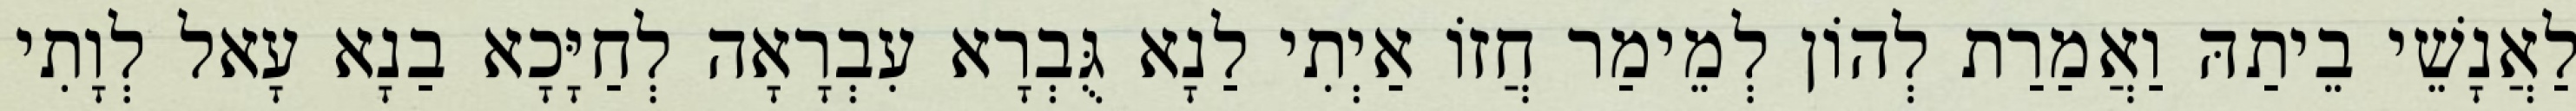
לַאֲנָשֵׁי בֵיתַהּ וַאֲמַרַת לְהוֹן לְמֵימַר חֲזוֹ אַיְתִי לַנָא גֻּבְרָא עִבְרָאָה לְחַיָּכָא בַנָא עָאל לְוָתִי